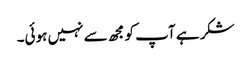
شکر ہے آپ کو مجھ سے نہیں ہوئی۔